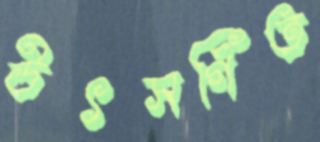
উৎসর্গিত